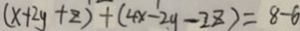
( x + 2 y + z ) + ( 4 x - 2 y - 2 z ) = 8 - 6